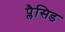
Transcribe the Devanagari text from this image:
प्लैसिड